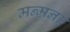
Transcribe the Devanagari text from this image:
मन्मना